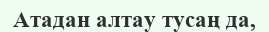
Атадан алтау тусаң да,